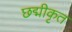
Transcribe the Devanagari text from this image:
छद्मीकृत